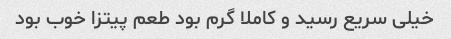
خیلی سریع رسید و کاملا گرم بود طعم پیتزا خوب بود